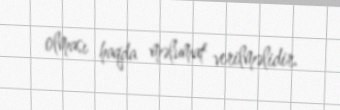
olması haqda məlumat verilməlidir.